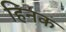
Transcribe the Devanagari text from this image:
हिनक